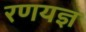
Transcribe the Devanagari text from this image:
रणयज्ञ